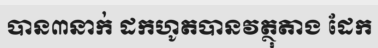
បាន៣នាក់ ដកហូតបានវត្ថុតាង ដែក